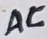
Text: AC